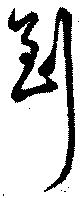
到